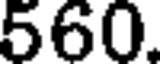
560.